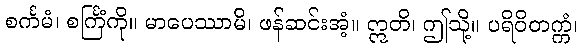
စင်္ကမံ၊ စင်္ကြံကို။ မာပေဿာမိ၊ ဖန်ဆင်းအံ့။ ဣတိ၊ ဤသို့။ ပရိဝိတက္ကံ၊